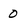
Character: 0